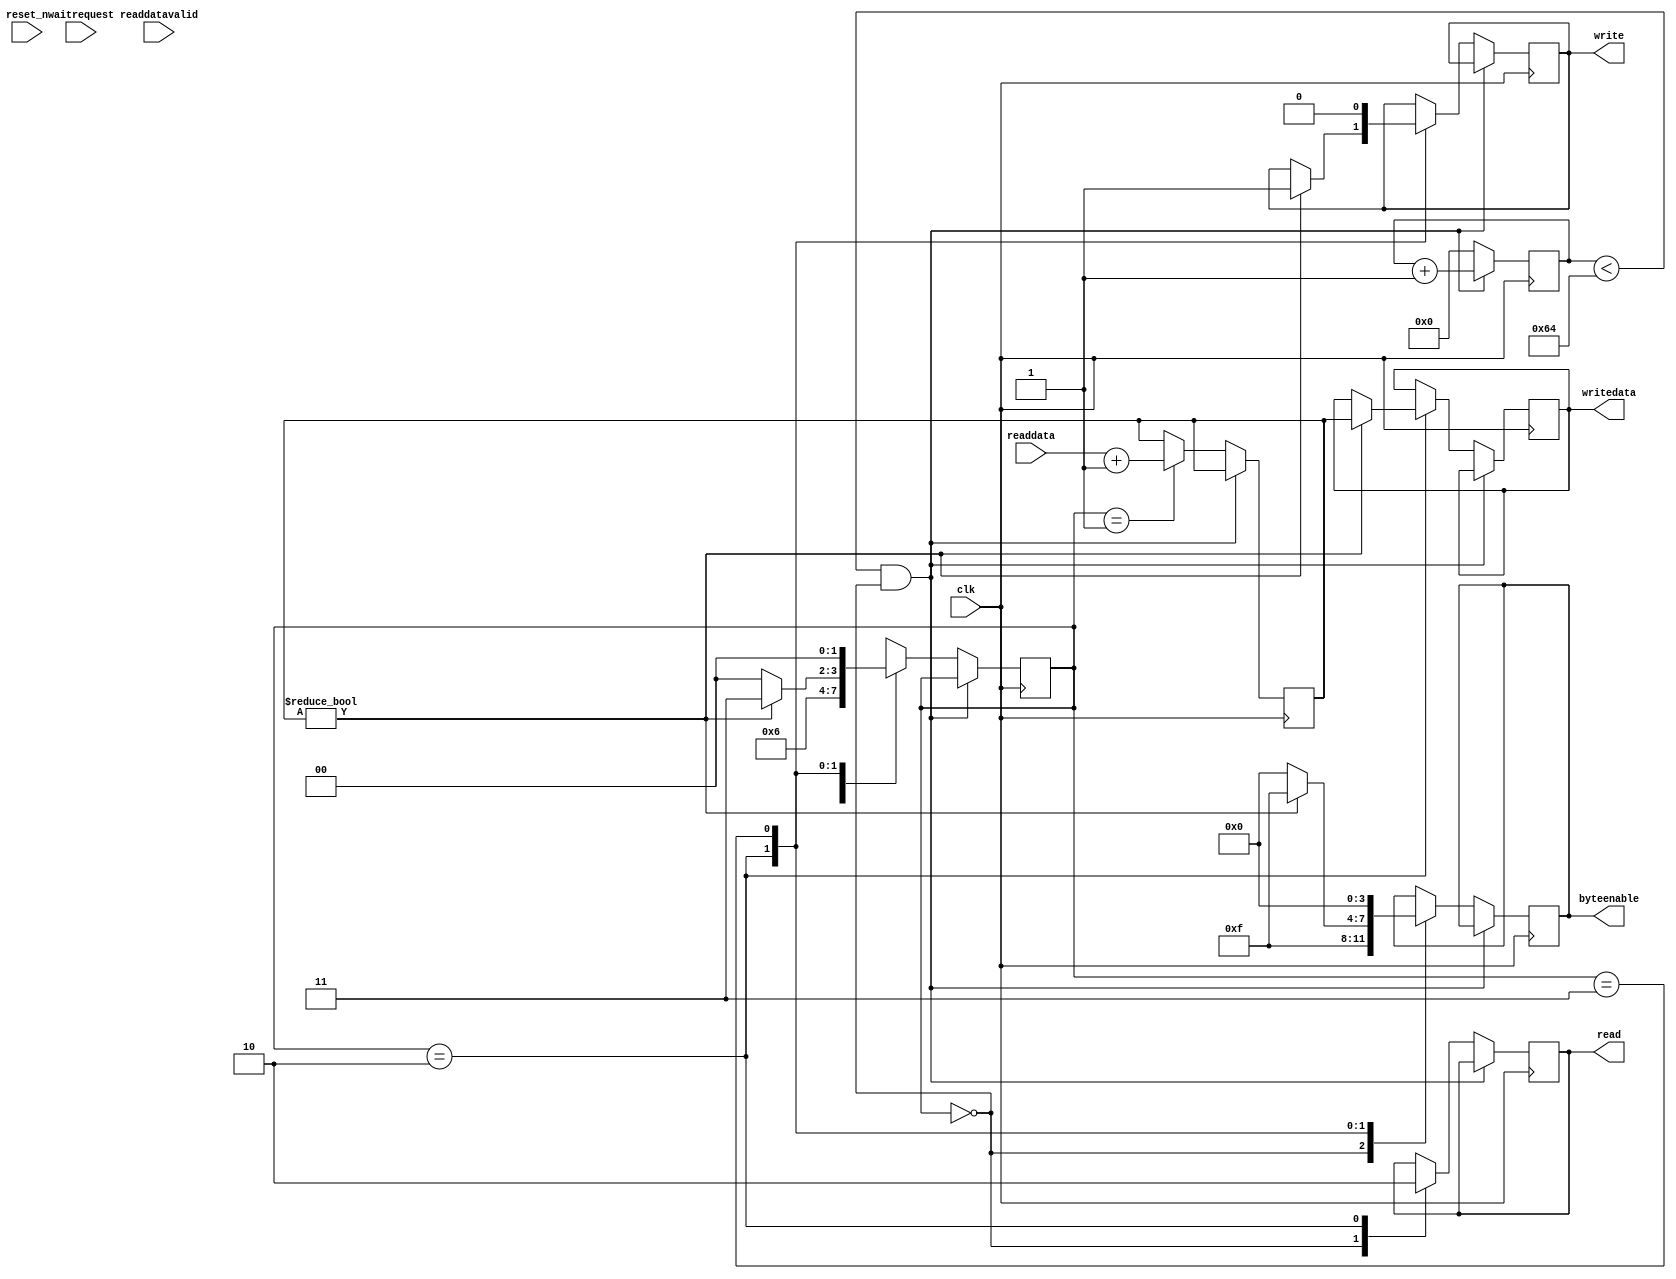
// Samuel Sugimoto, Chen Xie
// EEC181A, W'16
// Group Name: Units
// Lab 2, reg32_master_avalon_interface.v

module reg32_master_avalon_interface(
	input clk, 
	input reset_n,
	input waitrequest, 
	output reg [3:0] byteenable, 
	output reg [0:0] read, 
	input [31:0] readdata, 
	output reg [0:0] write, 
	output reg [31:0] writedata, 
	input readdatavalid);

	reg [25:0] counter = 26'b0;
	reg [1:0] state = 2'b00;
	reg [31:0] data = 31'b00;
	always @ (posedge clk)
	begin
		// wait 1 second
		if(counter < 100 && state == 2'b00)
		begin
			counter = counter + 1;
		end
		// 1 second elapsed
		else
		begin
			case(state[1:0])
				// Read-in data, first clock cycle
				2'b00:
				begin
					read [0:0] <= 1;
					byteenable [3:0] <= 4'b1111;
					state <= 2'b01;
				end
				// Read-in data, second clock cycle
				2'b01:
				begin
					data [31:0] <= readdata [31:0] + 1'b1;
					state <= 2'b10;
				end
				// Analyze read-in data
				2'b10:
				begin
					read [0:0] <= 0;
					byteenable [3:0] <= 4'b0000;
					// Data != 0, increment and write back
					if(data [31:0] != 32'b00)
					begin
						write [0:0] <= 1;
						byteenable [3:0] <= 4'b1111;
						writedata [31:0] <= data [31:0];
						state <= 2'b11;
					end
					// Data == 0, do not write
					else
					begin
						state <= 2'b00;
					end
				end

				// Close out write
				2'b11:
				begin
					write [0:0] <= 0;
					byteenable [3:0] <= 4'b0000;
					state <= 2'b00;
				end
			endcase
			counter = 0;
		end
	end
endmodule